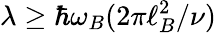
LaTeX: \lambda\geq\hbar\omega_{B}(2\pi\ell_{B}^{2}/\nu)